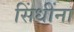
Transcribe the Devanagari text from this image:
सिंधींना